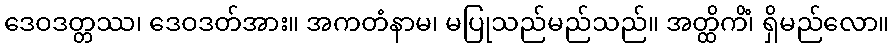
ဒေဝဒတ္တဿ၊ ဒေဝဒတ်အား။ အကတံနာမ၊ မပြုသည်မည်သည်။ အတ္ထိကိံ၊ ရှိမည်လော။